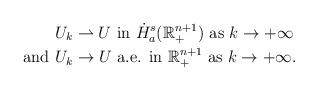
LaTeX: \begin{align*}& U_k\rightharpoonup U \hbox{ in }\dot{H}^s_a(\mathbb{R}^{n+1}_+) {\mbox{ as }}k\to+\infty \\{\mbox{and }}& U_k\rightarrow U \hbox{ a.e. in }\mathbb{R}^{n+1}_+{\mbox{ as }}k\to+\infty.\end{align*}